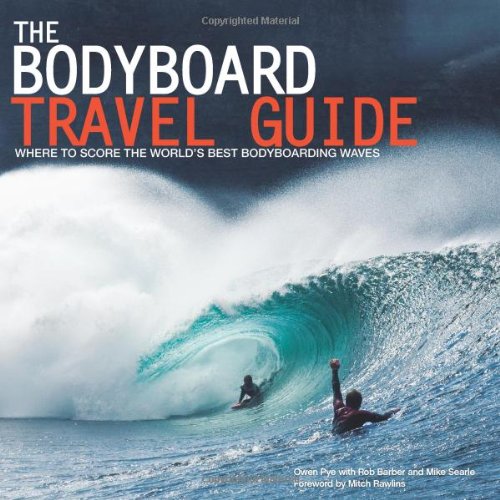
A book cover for The Bodyboard Travel Guide: The 100 Most Awesome Waves on the Planet; Owen Pye; Travel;